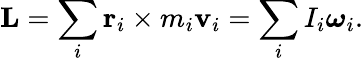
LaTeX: \mathbf{L}=\sum_{i}\mathbf{r}_{i}\times m_{i}\mathbf{v}_{i}=\sum_{i}I_{i}{\boldsymbol{\omega}}_{i}.